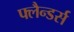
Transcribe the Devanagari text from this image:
फ्लैन्डर्स